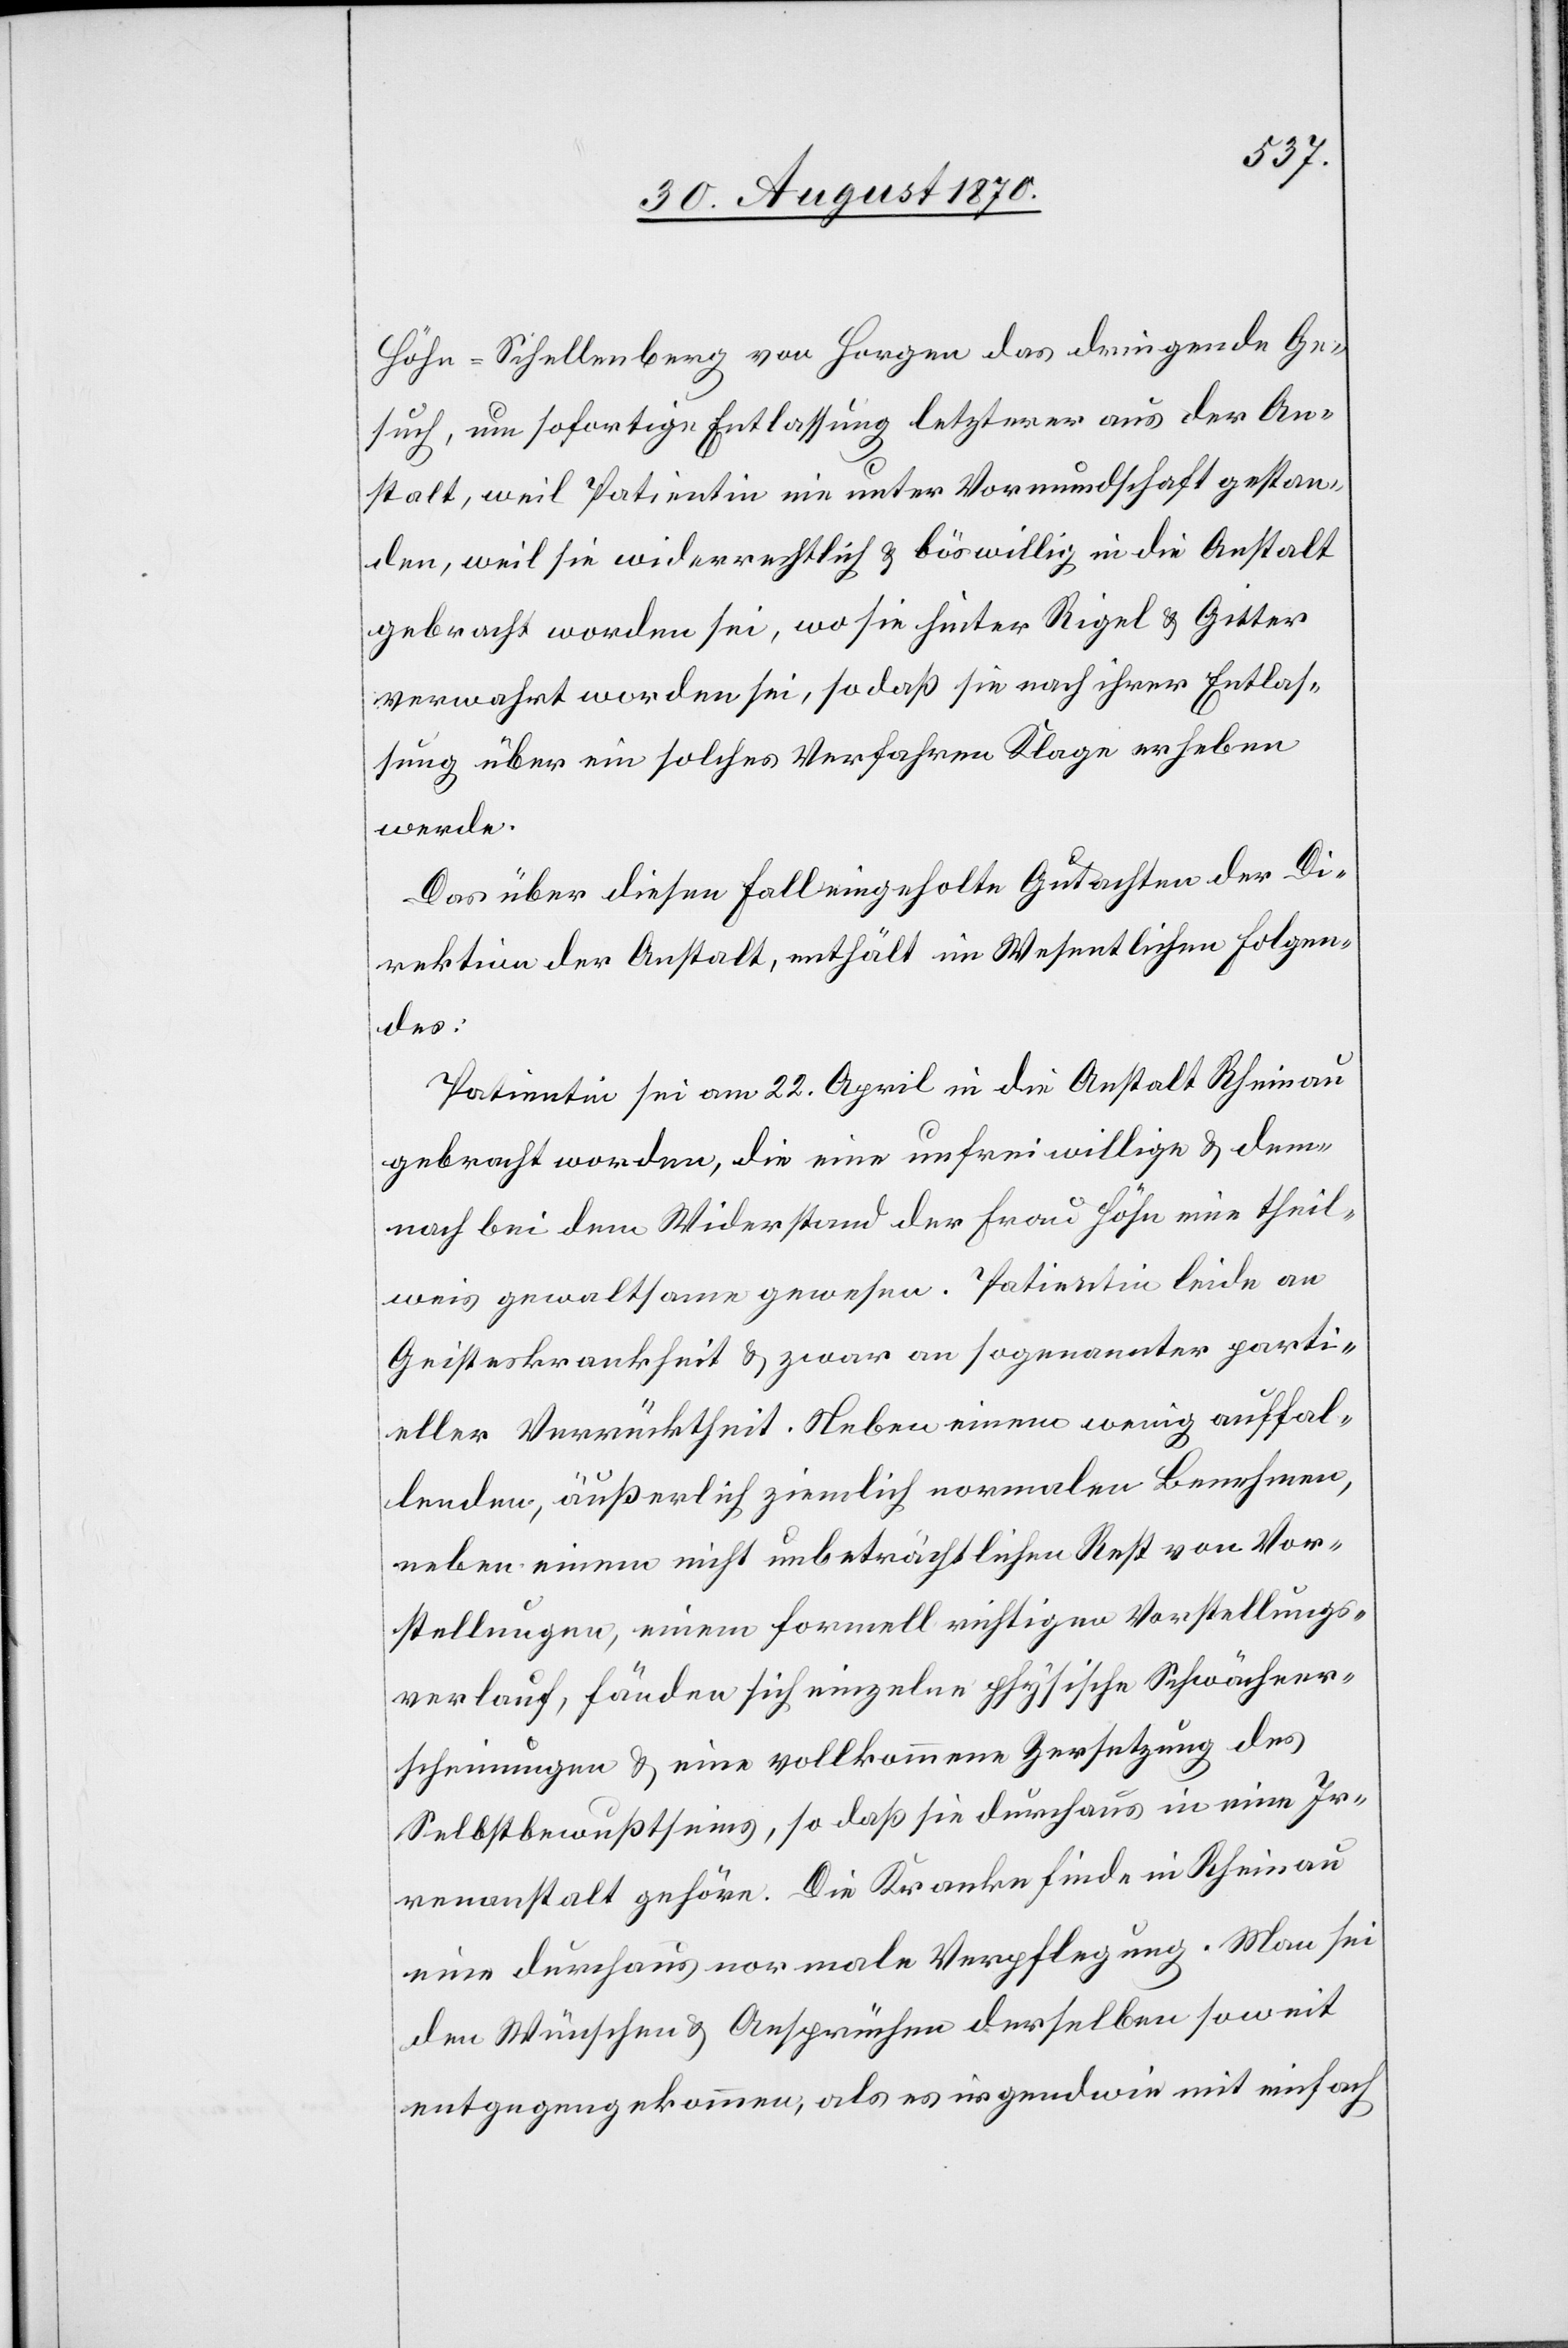
Höhn-Schellenberg von Horgen das dringende Ge¬
such, um sofortige Entlassung letzterer aus der An¬
stalt, weil Patientin nie unter Vormundschaft gestan¬
den, weil sie widerrechtlich & böswillig in die Anstalt
gebracht worden sei, wo sie hinter Riegel & Gitter
verwahrt worden sei, so daß sie nach ihrer Entlas¬
sung über ein solches Verfahren Klage erheben
werde.
Das über diesen Fall eingeholte Gutachten der Di¬
rektion der Anstalt, enthält im Wesentlichen Folgen¬
des:
Patientin sei am 22. April in die Anstalt Rheinau
gebracht worden, die eine unfreiwillige & dem¬
nach bei dem Widerstand der Frau Höhn eine theil¬
weis[e] gewaltsame gewesen. Patientin leide an
Geisteskrankheit & zwar an sogenannter parti¬
eller Verrücktheit. Neben einem wenig auffal¬
lenden, äußerlich ziemlich normalen Benehmen,
neben einem nicht unbeträchtlichen Rest von Vor¬
stellungen, einem formell richtigen Vorstellungs¬
verlauf, fänden sich einzelne physische Schwächeer¬
scheinungen & eine vollkommene Zersetzung des
Selbstbewußtseins, so daß sie durchaus in eine Ir¬
renanstalt gehöre. Die Kranke finde in Rheinau
eine durchaus normale Verpflegung. Man sei
den Wünschen & Ansprüchen derselben soweit
entgegengekommen, als es irgendwie mit einfach